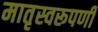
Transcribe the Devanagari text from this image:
मातृस्वरूपणी